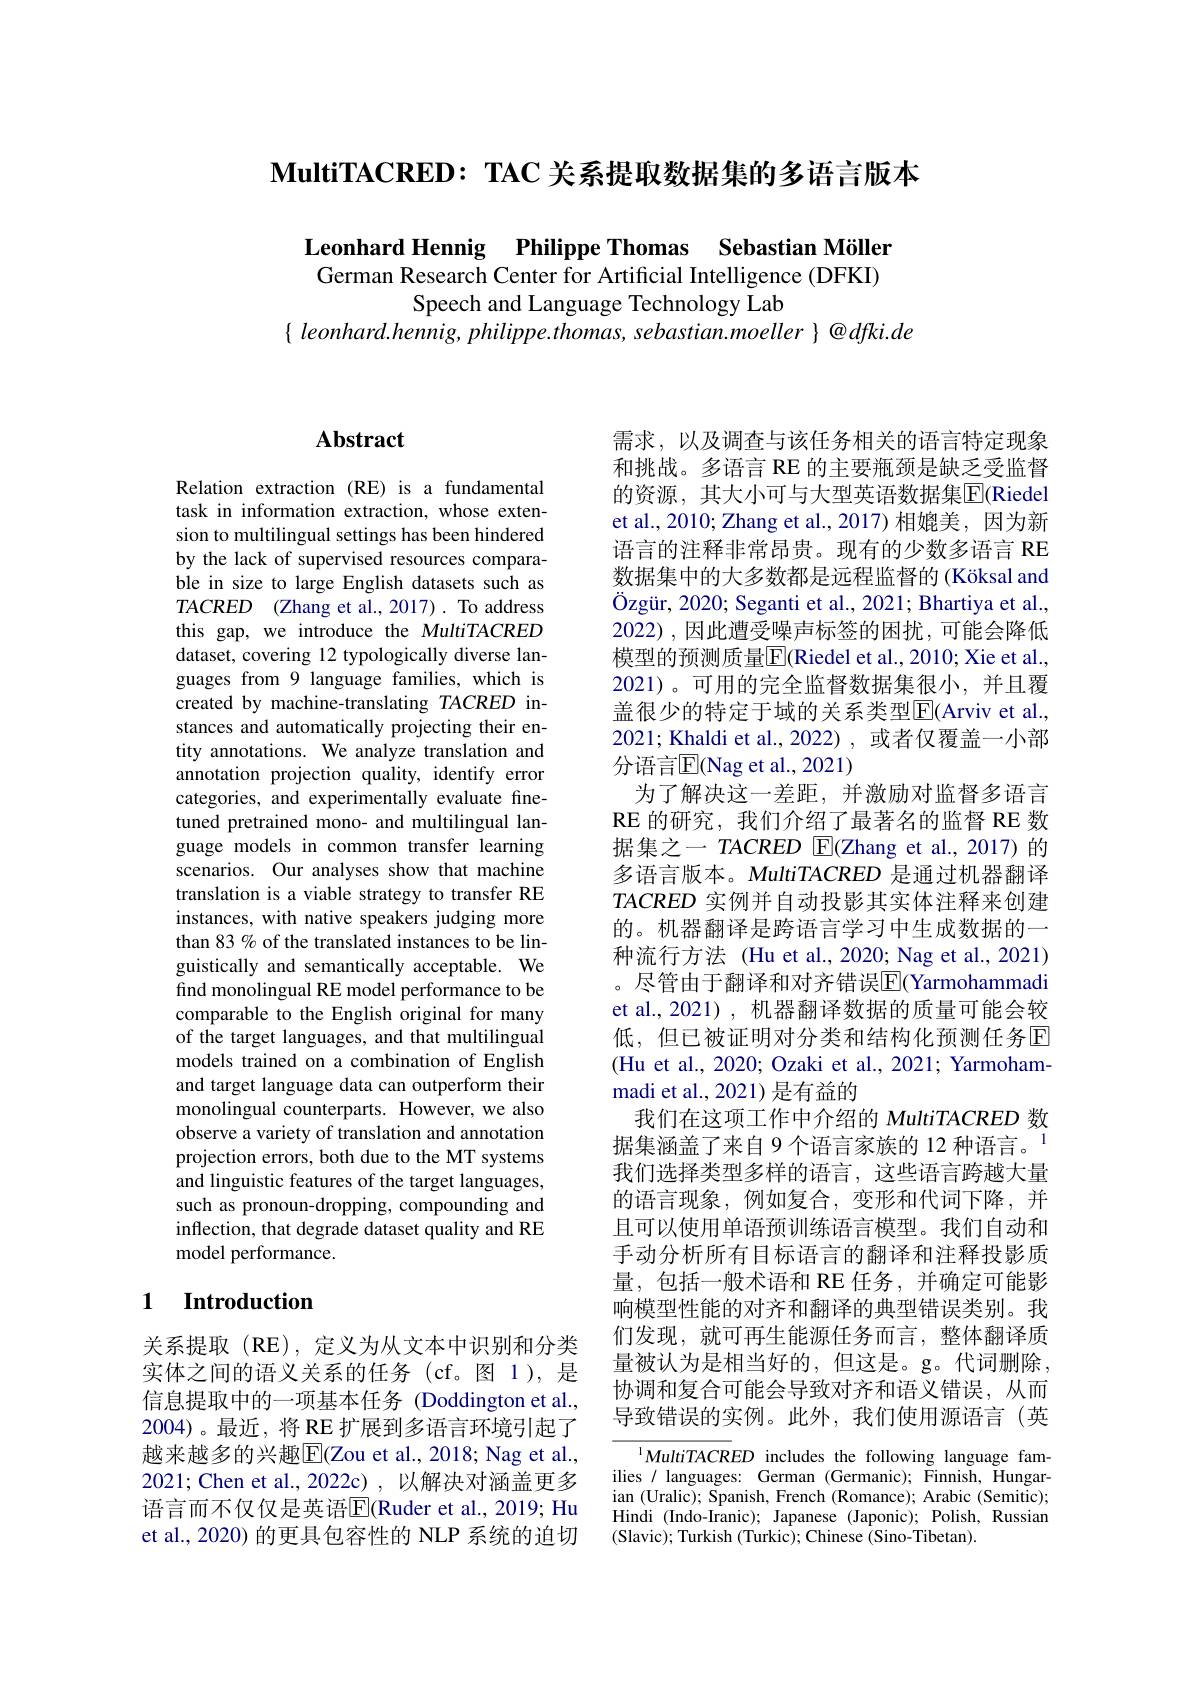
$\textbf{MultiTACRED: TAC 关 系 提 取 数 据 集 的 多 语 言 版 本 }$

Leonhard Hennig Philippe Thomas Sebastian Möller German Research Center for Artificial Intelligence (DFKI)
Speech and Language Technology Lab
$\{leonhard.hennig,philippe.thomas,sebastian.moeller\}@dfki.de$

# Abstract

Relation extraction (RE) is a fundamental task in information extraction, whose extension to multilingual settings has been hindered by the lack of supervised resources comparable in size to large English datasets such as $TACRED$ (Zhang et al., 2017). To address this gap, we introduce the MultiTACRED dataset, covering 12 typologically diverse languages from 9 language families, which is created by machine-translating TACRED instances and automatically projecting their entity annotations. We analyze translation and annotation projection quality, identify error categories, and experimentally evaluate finetuned pretrained mono- and multilingual language models in common transfer learning scenarios. Our analyses show that machine translation is a viable strategy to transfer RE instances, with native speakers judging more than 83 % of the translated instances to be linguistically and semantically acceptable. We find monolingual RE model performance to be comparable to the English original for many of the target languages, and that multilingual models trained on a combination of English and target language data can outperform their monolingual counterparts. However, we also observe a variety of translation and annotation projection errors, both due to the MT systems and linguistic features of the target languages, such as pronoun-dropping, compounding and inflection, that degrade dataset quality and RE model performance.

## 1 Introduction

关系提取(RE),定义为从文本中识别和分类实体之间的语义关系的任务(cf。图 1),是信息提取中的一项基本任务 (Doddington et al., 2004)。最近，将 RE 扩展到多语言环境引起了越来越多的兴趣$\overline{\mathrm{E}}($Zou et al., 2018; Nag et al., 2021; Chen et al., 2022c) , 以解决对涵盖更多语言而不仅仅是英语$\overline{\mathrm{E}}($Ruder et al., 2019; Hu et al., 2020) 的更具包容性的 NLP 系统的迫切

需求，以及调查与该任务相关的语言特定现象和挑战。多语言 RE 的主要瓶颈是缺乏受监督的资源，其大小可与大型英语数据集$\overline{\mathrm{E}}($Riedel et al., 2010; Zhang et al., 2017) 相媲美，因为新语言的注释非常昂贵。现有的少数多语言 RE 数据集中的大多数都是远程监督的(Köksal and Özgür, 2020; Seganti et al., 2021; Bhartiya et al. 2022),因此遭受噪声标签的困扰，可能会降低模型的预测质量$\overline{\mathrm{E}}($Riedel et al., 2010; Xie et al., 2021)。可用的完全监督数据集很小，并且覆盖很少的特定于域的关系类型$\operatorname{E}($Arviv et al. 2021; Khaldi et al., 2022) , 或者仅覆盖一小部分语言$\overline{\mathrm{E}}($Nag et al., 2021)
为了解决这一差距，并激励对监督多语言RE 的研究，我们介绍了最著名的监督 RE 数据集之一 TACRED $\operatorname{E}$(Zhang et al.,2017)的多语言版本。MultiTACRED 是通过机器翻译$TACRED$实例并自动投影其实体注释来创建的。机器翻译是跨语言学习中生成数据的一种流行方法 (Hu et al., 2020; Nag et al., 2021) 。尽管由于翻译和对齐错误$\overline{\mathrm{E}}$(Yarmohammadi et al., 2021), 机器翻译数据的质量可能会较低，但已被证明对分类和结构化预测任务回(Hu et al., 2020; Ozaki et al., 2021; Yarmohammadi et al., 2021) 是有益的
我们在这项工作中介绍的 MultiTACRED 数据集涵盖了来自 9个语言家族的 12 种语言。$^{1}$ 我们选择类型多样的语言，这些语言跨越大量的语言现象，例如复合，变形和代词下降，并且可以使用单语预训练语言模型。我们自动和手动分析所有目标语言的翻译和注释投影质量，包括一般术语和 RE 任务，并确定可能影响模型性能的对齐和翻译的典型错误类别。我们发现，就可再生能源任务而言，整体翻译质量被认为是相当好的，但这是。g。代词删除， 协调和复合可能会导致对齐和语义错误，从而导致错误的实例。此外，我们使用源语言(英
$^{1}MultiTACRED$ includes the following language families / languages: German (Germanic); Finnish, Hungar-

ian (Uralic); Spanish, French (Romance); Arabic (Semitic); Hindi (Indo-Iranic); Japanese (Japonic); Polish, Russian (Slavic); Turkish (Turkic); Chinese (Sino-Tibetan).